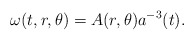
\begin{align*}\omega(t,r,\theta) = A(r,\theta) a^{-3}(t).\end{align*}